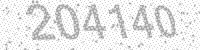
Solution: 204140